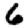
Digit: 6